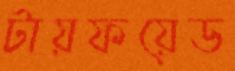
টায়ফয়েড